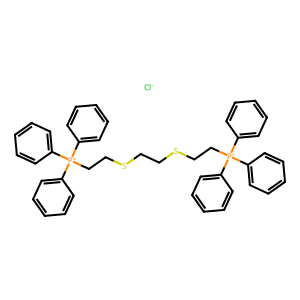
SMILES: [Cl-].c1ccc([P+](CCSCCSCC[P+](c2ccccc2)(c2ccccc2)c2ccccc2)(c2ccccc2)c2ccccc2)cc1
Inhibits HIV replication: No